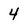
Character: 4